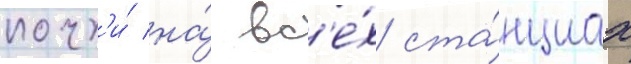
почт'и́ на́ вс'е́х ста́нциах